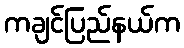
ကချင်ပြည်နယ်က